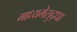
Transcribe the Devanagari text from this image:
माध्यमेसुद्धा